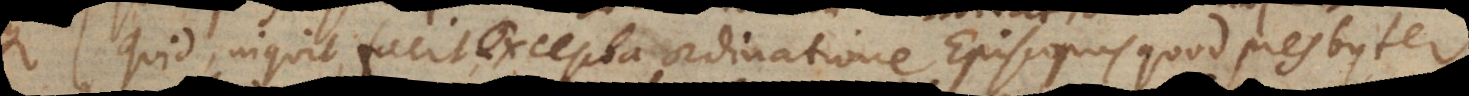
quid, inquit, facit, excepta ordinatione Episcopus quod presbyt